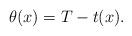
LaTeX: \begin{align*}\theta (x) = T - t(x).\end{align*}